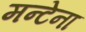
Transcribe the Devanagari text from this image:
मन्टेना